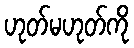
ဟုတ်မဟုတ်ကို